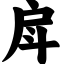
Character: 戽